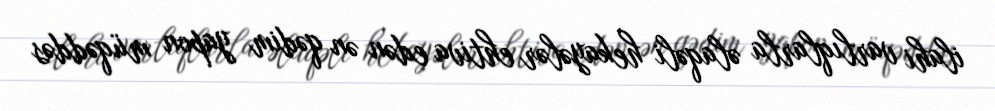
ilahi varlıqlarla əlaqəli hekayələr ehtiva edən ən qədim yapon müqəddəs